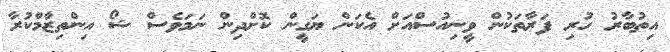
އިތުބާރު ހުރި ފަރާތަކުން ވީނިއުސްއަށް އެކަން ޔަގީން ކޮށްދިން ނަމަވެސް ޝޯ އިންތިޒާމްކުރާ